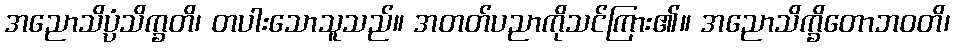
အညောသိပ္ပံသိက္ခတိ၊ တပါးသောသူသည်။ အတတ်ပညာကိုသင်ကြား၏။ အညောသိက္ခိတောဘဝတိ၊